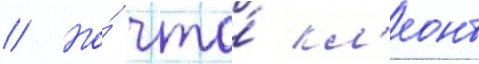
// Но́ что́ кл'еонт